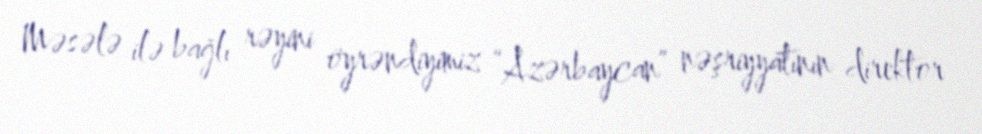
Məsələ ilə bağlı rəyini öyrəndiyimiz “Azərbaycan” nəşriyyatının direktor